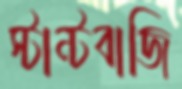
স্টান্টবাজি